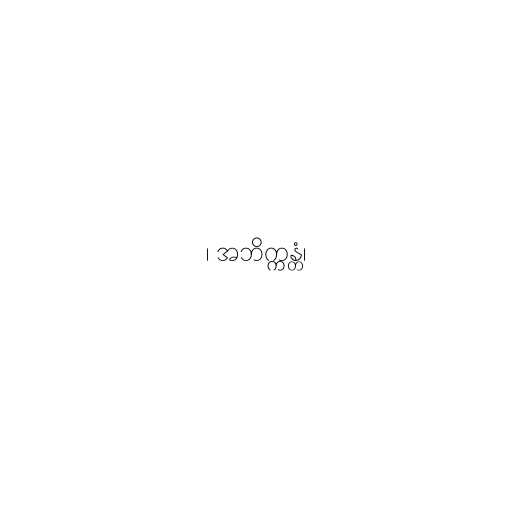
၊ အဘိက္ကန္တံ၊